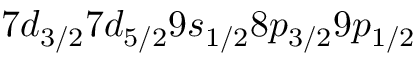
7 d _ { 3 / 2 } 7 d _ { 5 / 2 } 9 s _ { 1 / 2 } 8 p _ { 3 / 2 } 9 p _ { 1 / 2 }